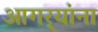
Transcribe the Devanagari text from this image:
आगर्‍यांना